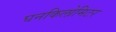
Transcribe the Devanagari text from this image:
घनकिलोमिटर